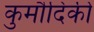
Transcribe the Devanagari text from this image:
कुमौदिकी